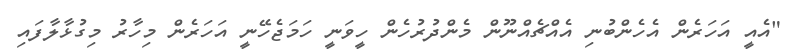
"އެއީ އަހަރެން އެހެންބުނި އެއްޗެއްނޫން މެންދުރުހެން ހީވަނީ ހަމަޖެހޭނީ އަހަރެން މިހާރު މިގުޅާލާފައި